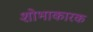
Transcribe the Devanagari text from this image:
शोभाकारक